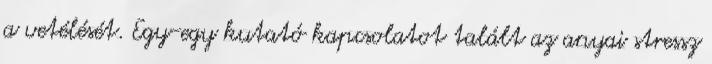
a vetélését. Egy-egy kutató kapcsolatot talált az anyai stressz